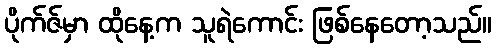
ပိုက်ဇ်မှာ ထိုနေ့က သူရဲကောင်း ဖြစ်နေတော့သည်။